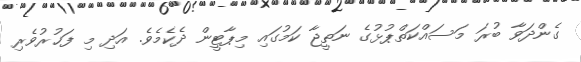
ގެންދަވާ ބުރަ މަސައްކަތްޕުޅުގެ ނަތީޖާ ކަމުގައި މިޕާޓީން ދެކެމެވެ. އަދި މި ފަޚުރުވެރި